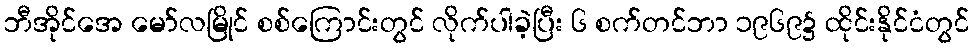
ဘီအိုင်အေ မော်လမြိုင် စစ်ကြောင်းတွင် လိုက်ပါခဲ့ပြီး ၆ စက်တင်ဘာ ၁၉၆၉၌ ထိုင်းနိုင်ငံတွင်